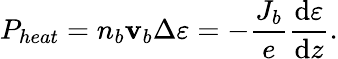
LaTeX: P_{heat}=n_{b}\mathbf{v}_{b}\Delta\varepsilon=-\frac{{J_{b}}}{{e}}\frac{{\mathrm{{d}}\varepsilon}}{{\mathrm{{d}}z}}.